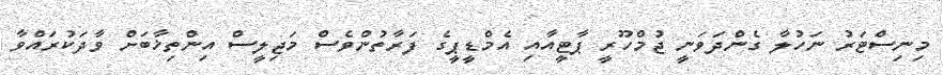
މިނިސްޓަރު ނަހުލާ ގެންދަވަނީ ޖުމްހޫރީ ޕާޓީއާއި އެމްޑީޕީގެ ފަރާތުންވެސް މަޖިލީސް އިންތިޚާބަށް ވާދަކުރައްވާ